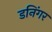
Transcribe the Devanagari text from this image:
डनिंगर